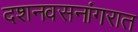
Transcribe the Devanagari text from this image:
दशनवसनांगरात